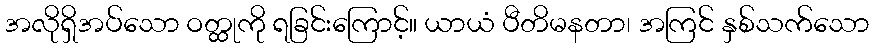
အလိုရှိအပ်သော ဝတ္ထုကို ရခြင်းကြောင့်။ ယာယံ ပီတိမနတာ၊ အကြင် နှစ်သက်သော